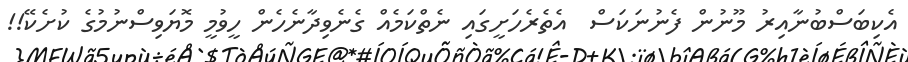
އެކިބަސްބުނާއިރު މޫނުން ފެނުނަކަސް  އެތެރެހަށީގައި ނެތްކަމެއް ގެނެވިދާނެހެން ހީވުމީ މޮޔަވިސްނުމުގެ ކުށެކޭ!!